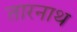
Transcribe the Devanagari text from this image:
तारनाथ